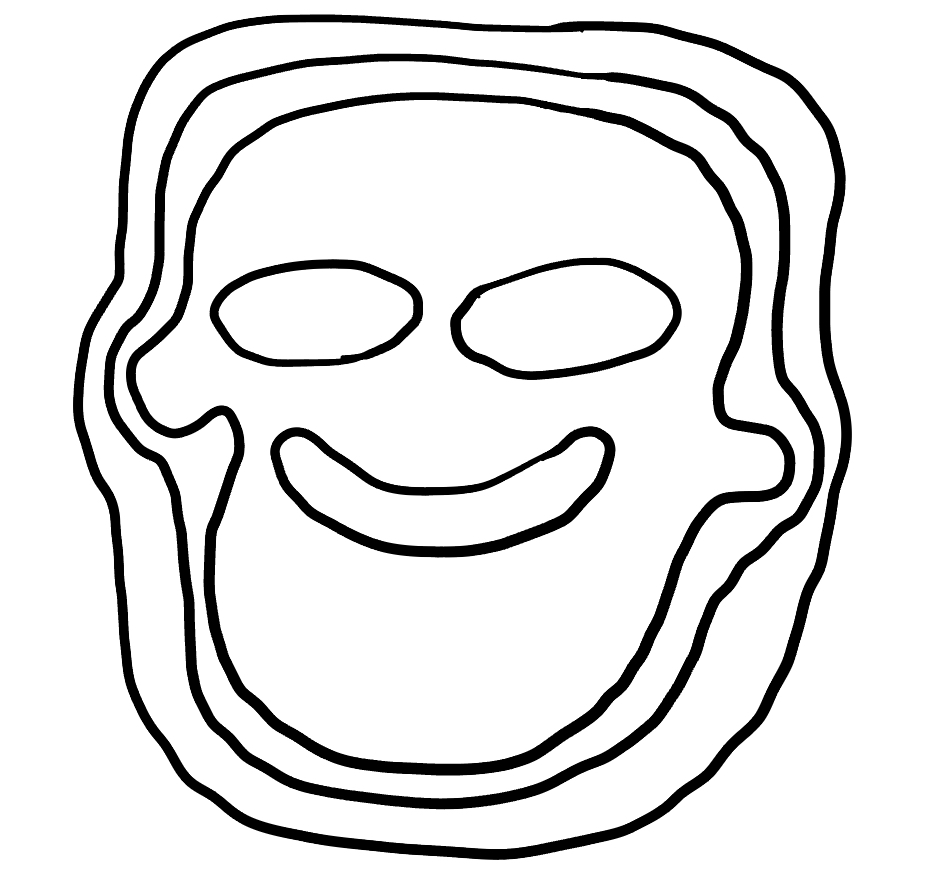
Number of regions (including the outer root region): 7
Containment tree edges (parent, child): 0, 1, 1, 2, 2, 3, 3, 4, 3, 5, 3, 6